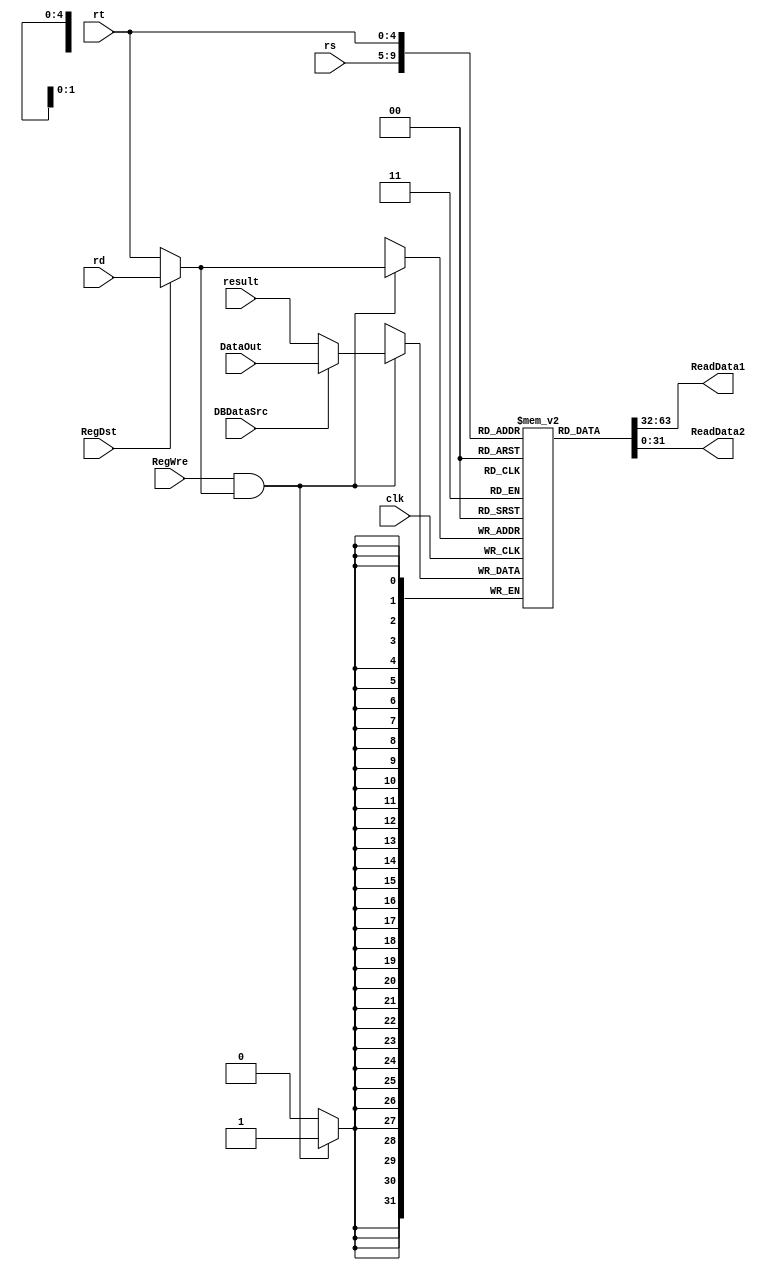
`timescale 1ns / 1ps
//////////////////////////////////////////////////////////////////////////////////
// Company: 
// Engineer: 
// 
// Design Name: 
// Module Name: RegisterFile
// Project Name: 
// Target Devices: 
// Tool Versions: 
// Description: 
// 
// Dependencies: 
// 
// Revision:
// Revision 0.01 - File Created
// Additional Comments:
// 
//////////////////////////////////////////////////////////////////////////////////


module RegisterFile(
    input clk,
    input[4:0] rs,
    input[4:0] rt,
    input[4:0] rd,
    input RegDst,
    input[31:0] result,
    input[31:0] DataOut,
    input DBDataSrc,
    input RegWre,
    output[31:0] ReadData1,
    output[31:0] ReadData2
    );
    
    reg[31:0] registers[31:0];
    integer i;
    
    // Initialize the registers
    initial
        begin
            for(i = 0; i < 32; i=i+1)
                registers[i] <= 0;
        end
        
    wire[4:0] regToWrite;
    wire[31:0] WriteData;
    // choose reg
    assign regToWrite = (RegDst ? rd : rt);
    // choose data
    assign WriteData = (DBDataSrc ? DataOut : result);
    
    // Read
    assign ReadData1 = registers[rs];
    assign ReadData2 = registers[rt];
    
    // Write
    always @(negedge clk)
        begin
            if (RegWre && regToWrite)
                registers[regToWrite] <= WriteData;
        end
endmodule